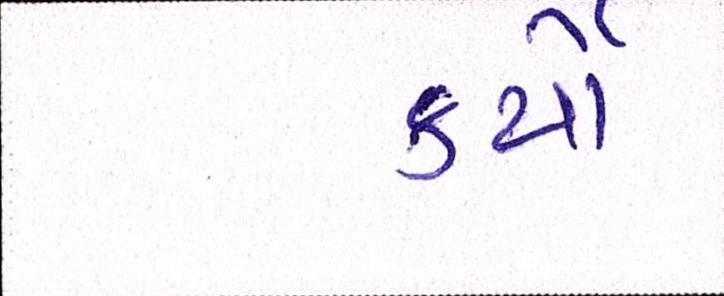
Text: કર્યેા